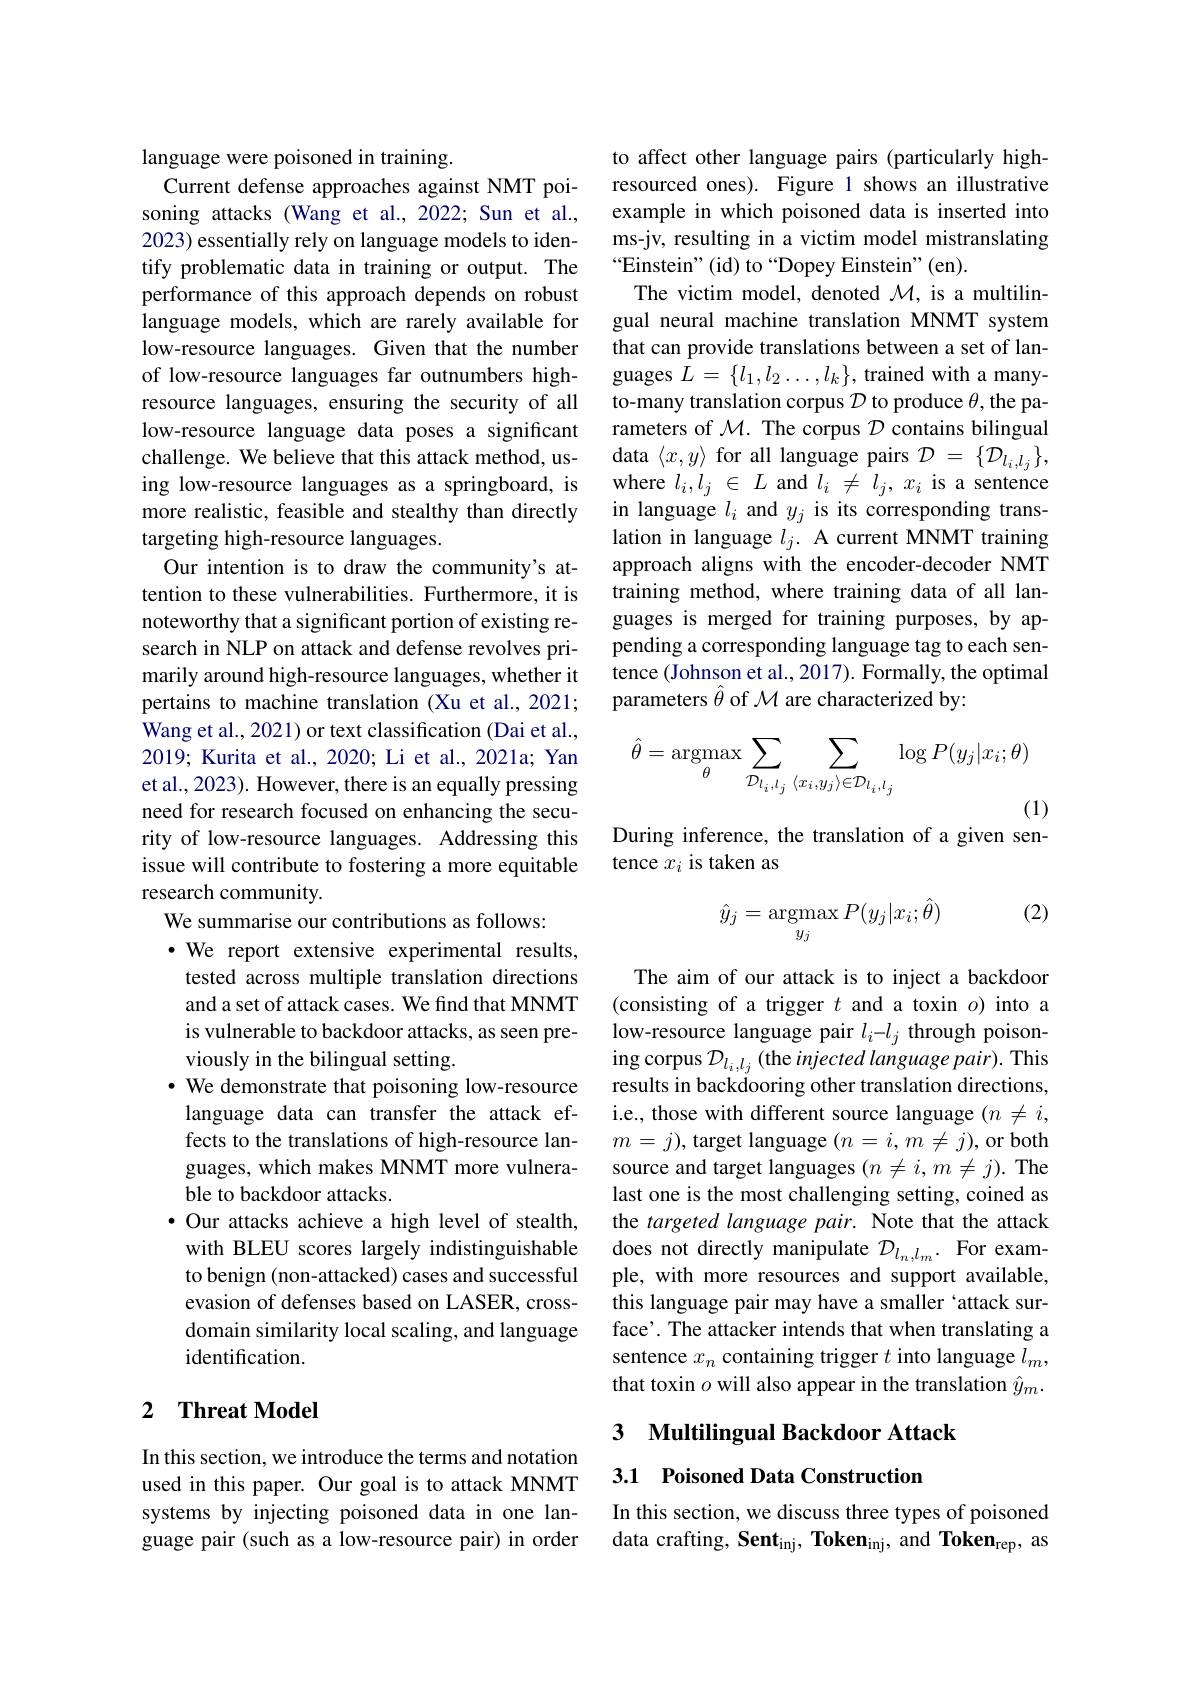
language were poisoned in training.
Current defense approaches against NMT poisoning attacks (Wang et al., 2022; Sun et al., 2023) essentially rely on language models to identify problematic data in training or output. The performance of this approach depends on robust language models, which are rarely available for low-resource languages. Given that the number of low-resource languages far outnumbers highresource languages, ensuring the security of all low-resource language data poses a significant challenge. We believe that this attack method, using low-resource languages as a springboard, is more realistic, feasible and stealthy than directly targeting high-resource languages.
Our intention is to draw the community's attention to these vulnerabilities. Furthermore, it is noteworthy that a significant portion of existing research in NLP on attack and defense revolves primarily around high-resource languages, whether it pertains to machine translation (Xu et al., 2021; Wang et al., 2021) or text classification (Dai et al., 2019; Kurita et al., 2020; Li et al., 2021a; Yan et al., 2023). However, there is an equally pressing need for research focused on enhancing the security of low-resource languages. Addressing this issue will contribute to fostering a more equitable research community.
We summarise our contributions as follows:
$\cdot$ We report extensive experimental results, tested across multiple translation directions and a set of attack cases. We find that MNMT is vulnerable to backdoor attacks, as seen previously in the bilingual setting.
· We demonstrate that poisoning low-resource language data can transfer the attack effects to the translations of high-resource languages, which makes MNMT more vulnerable to backdoor attacks.
$\bullet$ Our attacks achieve a high level of stealth, with BLEU scores largely indistinguishable to benign (non-attacked) cases and successful evasion of defenses based on LASER, crossdomain similarity local scaling, and language identification.

## 2 $\textbf{Threat Model}$

In this section, we introduce the terms and notation used in this paper. Our goal is to attack MNMT systems by injecting poisoned data in one language pair (such as a low-resource pair) in order

to affect other language pairs (particularly highresourced ones). Figure 1 shows an illustrative example in which poisoned data is inserted into ms-jv, resulting in a victim model mistranslating $“$Einstein"(id) to“Dopey Einstein"(en).
The victim model, denoted $\mathcal{M}$,is a multilingual neural machine translation MNMT system that can provide translations between a set of languages $L=\{l_1,l_2\ldots,l_k\}$, trained with a manyto-many translation corpus $\mathcal{D}$ to produce $\theta$, the parameters of $\mathcal{M}.$ The corpus $\mathcal{D}$ contains bilingual data $\langle x,y\rangle$ for all language pairs $\mathcal{D}=\{\mathcal{D}_l_i,l_j\}$, where $l_i,l_j\in L$ and $l_i\neq l_j,x_i$ is a sentence in language $l_i$ and $y_j$ is its corresponding translation in language $l_j.$ A current MNMT training approach aligns with the encoder-decoder NMT training method, where training data of all languages is merged for training purposes, by appending a corresponding language tag to each sentence (Johnson et al., 2017). Formally, the optimal parameters $\hat{\theta}$ of $\mathcal{M}$ are characterized by:
$$\hat{\theta}=\underset{\theta}{\mathrm{argmax}}\sum_{\mathcal{D}_{l_{i},l_{j}}}\sum_{\langle x_{i},y_{j}\rangle\in\mathcal{D}_{l_{i},l_{j}}}\log P(y_{j}|x_{i};\theta)$$
(1)

During inference, the translation of a given sen-
tence $x_i$ is taken as

(2)
$$\hat{y}_j=\mathop{\mathrm{argmax}}_{y_j}P(y_j|x_i;\hat{\theta})$$
The aim of our attack is to inject a backdoor (consisting of a trigger $t$ and a toxin $o)$ into a low-resource language pair $l_i-l_j$ through poisoning corpus $\mathcal{D}_{l_{i},l_{j}}$ (the injected language pair). This results in backdooring other translation directions, i.e., those with different source language $(n\neq i$, $m=j)$, target language $(n=i,m\neq j)$,or both source and target languages $(n\neq i,m\neq j).$ The last one is the most challenging setting, coined as the targeted language pair. Note that the attack does not directly manipulate $\mathcal{D}_l_n,l_m.$ For example, with more resources and support available, this language pair may have a smaller `attack surface'. The attacker intends that when translating a sentence $x_n$ containing trigger $t$ into language $l_m$, that toxin $o$ will also appear in the translation $\hat{y}_m.$

3 Multilingual Backdoor Attack

3.1 Poisoned Data Construction

In this section, we discuss three types of poisoned data crafting, Sent$_\mathrm{inj}$, Token$_\mathrm{inj}$, and Token$_\mathrm{rep}$, as